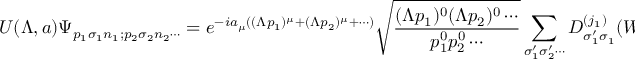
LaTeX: U ( \Lambda , a ) \Psi _ { p _ { 1 } \sigma _ { 1 } n _ { 1 } ; p _ { 2 } \sigma _ { 2 } n _ { 2 } \cdots } = e ^ { - i a _ { \mu } ( ( \Lambda p _ { 1 } ) ^ { \mu } + ( \Lambda p _ { 2 } ) ^ { \mu } + \cdots ) } { \sqrt { \frac { ( \Lambda p _ { 1 } ) ^ { 0 } ( \Lambda p _ { 2 } ) ^ { 0 } \cdots } { p _ { 1 } ^ { 0 } p _ { 2 } ^ { 0 } \cdots } } } \sum _ { \sigma _ { 1 } ^ { \prime } \sigma _ { 2 } ^ { \prime } \cdots } D _ { \sigma _ { 1 } ^ { \prime } \sigma _ { 1 } } ^ { ( j _ { 1 } ) } ( W ( \Lambda , p _ { 1 } ) ) D _ { \sigma _ { 2 } ^ { \prime } \sigma _ { 2 } } ^ { ( j _ { 2 } ) } ( W ( \Lambda , p _ { 2 } ) ) \cdots \Psi _ { \Lambda p _ { 1 } \sigma _ { 1 } ^ { \prime } n _ { 1 } ; \Lambda p _ { 2 } \sigma _ { 2 } ^ { \prime } n _ { 2 } \cdots } ,